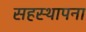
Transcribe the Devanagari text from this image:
सहस्थापना